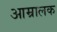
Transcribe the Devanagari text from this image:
आम्रालक